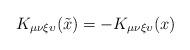
LaTeX: \begin{align*}K_{\mu \nu \xi \upsilon} (\tilde{x}) = - K_{\mu \nu \xi \upsilon} (x)\end{align*}